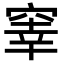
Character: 𥦭